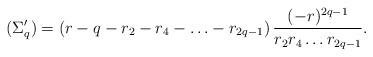
LaTeX: \begin{align*}(\Sigma'_q) &=\left(r-q-r_2-r_4-\ldots-r_{2q-1}\right)\frac{(-r)^{2q-1}}{r_2r_4\ldots r_{2q-1}}.\end{align*}